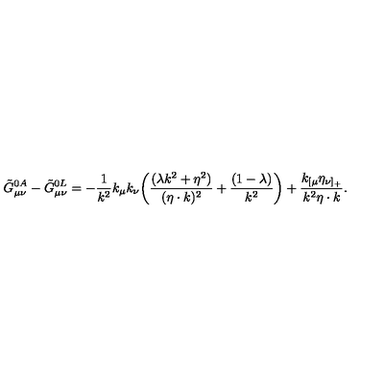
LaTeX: \tilde { G } _ { \mu \nu } ^ { 0 A } - \tilde { G } _ { \mu \nu } ^ { 0 L } = - { \frac { 1 } { k ^ { 2 } } } k _ { \mu } k _ { \nu } \biggl ( { \frac { ( \lambda k ^ { 2 } + \eta ^ { 2 } ) } { ( \eta \cdot k ) ^ { 2 } } } + { \frac { ( 1 - \lambda ) } { k ^ { 2 } } } \biggr ) + { \frac { k _ { [ \mu } \eta _ { \nu ] _ { + } } } { k ^ { 2 } \eta \cdot k } } .